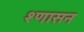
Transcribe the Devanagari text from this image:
श्णासन